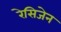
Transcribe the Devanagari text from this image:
रेसिजेन